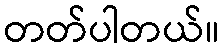
တတ်ပါတယ်။